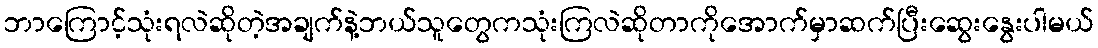
ဘာကြောင့်သုံးရလဲဆိုတဲ့အချက်နဲ့ဘယ်သူတွေကသုံးကြလဲဆိုတာကိုအောက်မှာဆက်ပြီးဆွေးနွေးပါမယ်